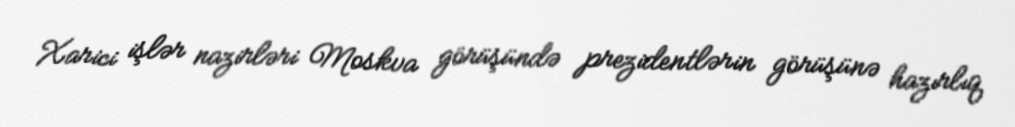
Xarici işlər nazirləri Moskva görüşündə prezidentlərin görüşünə hazırlıq